Tezpur Lunatic Asylum reports 1895-1904 - 1895-1904
Year: 1895
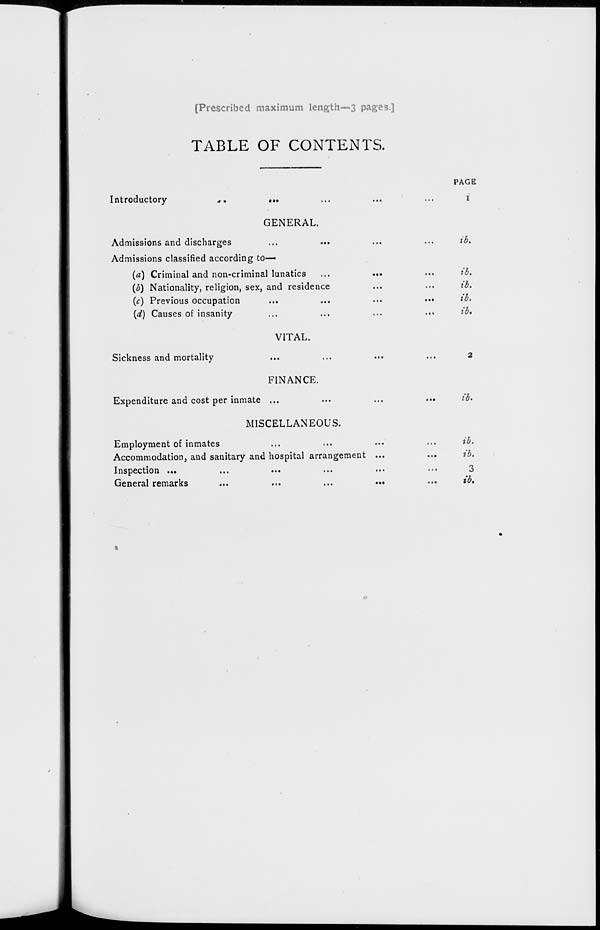
[Prescribed maximum length—3 pages.]
TABLE OF CONTENTS.
Introductory
...
GENERAL.
Admissions and discharges
Admissions classified according to—
(a) Criminal and non-criminal lunatics
(b) Nationality, religion, sex, and residence
(c) Previous occupation
...
{d) Causes of insanity
VITAL.
Sickness and mortality
FINANCE.
Expenditure and cost per inmate ...
MISCELLANEOUS.
Employment of inmates
Accommodation, and sanitary and hospital arrangement
Inspection ...
...
...
General remarks
PAGE
i
ib.
ib.
ib,
ib.
ib*
ib>
ib.
ib.
3
ib.